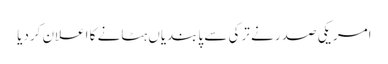
امریکی صدر نے ترکی سے پابندیاں ہٹانے کا اعلان کردیا